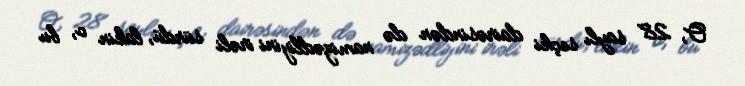
O, 28 saylı seçki dairəsindən də namizədliyini irəli sürdü, lakin o, bu